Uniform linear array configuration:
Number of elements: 8
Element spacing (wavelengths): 0.5
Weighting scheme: hann
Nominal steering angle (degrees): -60
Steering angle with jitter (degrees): -61.896
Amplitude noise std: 0.05
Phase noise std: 0.05

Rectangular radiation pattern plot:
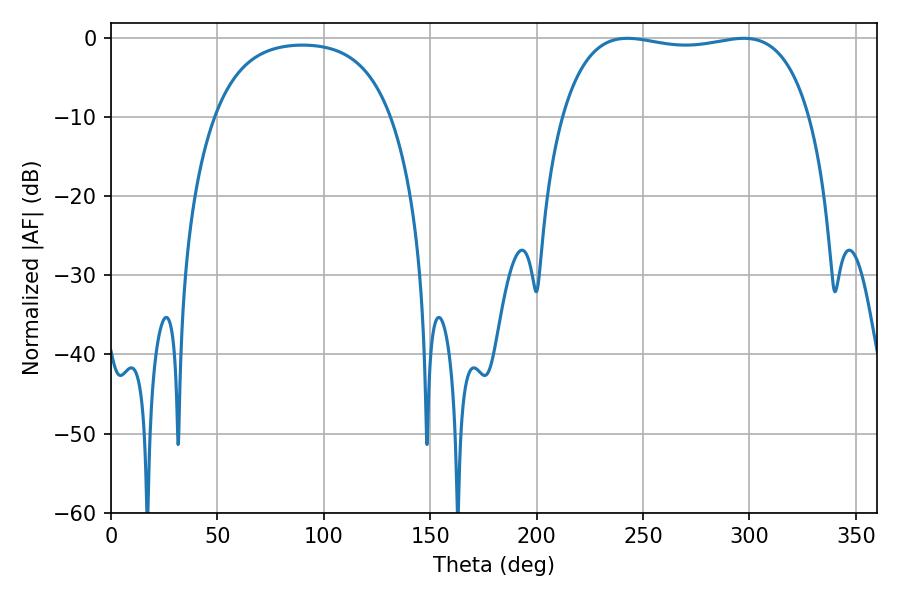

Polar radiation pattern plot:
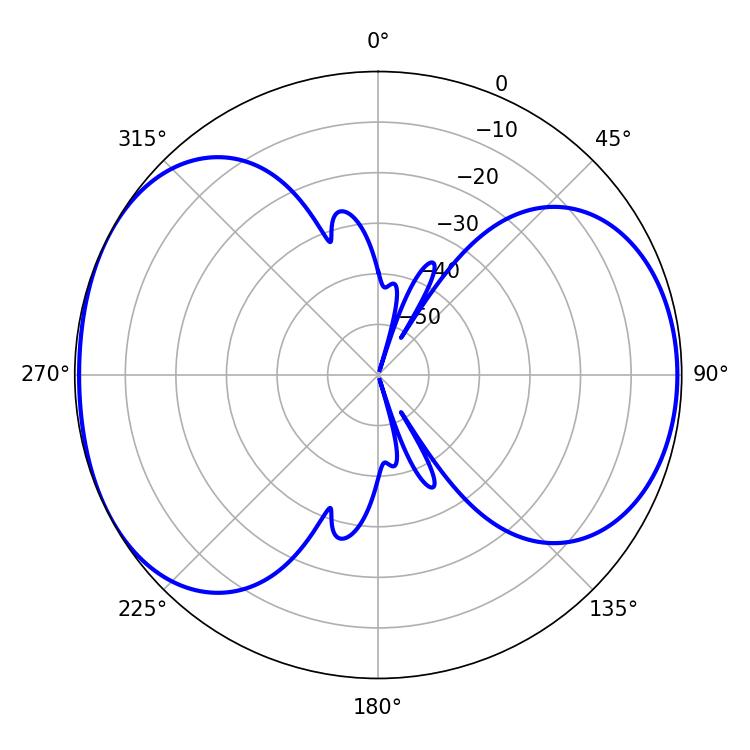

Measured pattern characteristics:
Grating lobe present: FALSE
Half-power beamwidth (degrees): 93.6
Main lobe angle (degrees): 242.64